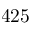
4 2 5